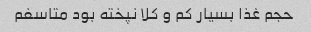
حجم غذا بسیار کم و کلا نپخته بود متاسفم